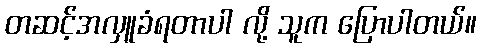
တဆင့်အလှူခံရတာပါ လို့ သူက ပြောပါတယ်။